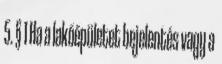
5. § 1 Ha a lakóépületet bejelentés vagy a